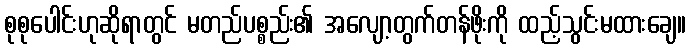
စုစုပေါင်းဟုဆိုရာတွင် မတည်ပစ္စည်း၏ အလျော့တွက်တန်ဖိုးကို ထည့်သွင်းမထားချေ။